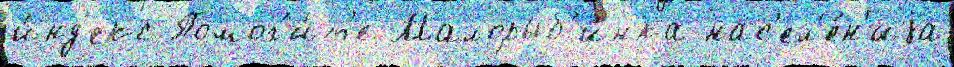
и́нд'екс Помог'и́т'е Малорыб'инка нас'ел'е́н'иjа